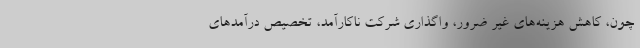
چون، کاهش هزینه‌های غیر ضرور، واگذاری شرکت ناکارآمد، تخصیص درآمد‌های